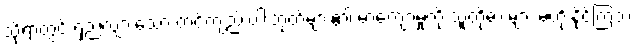
သို့ရာတွင် ရှည်လျားသော တင်ကျည်းဝါးတုတ်များ၏ မာကျောမှုကို သူတို့ဓားများ မတိုးနိုင်ကြဘဲ